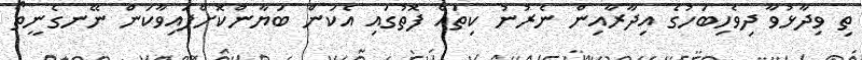
ތި ވިދާޅުވާ ދިވެހިބަހުގެ އިދާރާއިން ނެރުނު ކިތައް ފޮތުގައި އެކަން ބަޔާންކޮށްފައިވާކަން ނޭނގެނީތޯ